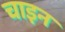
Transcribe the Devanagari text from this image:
चाइन